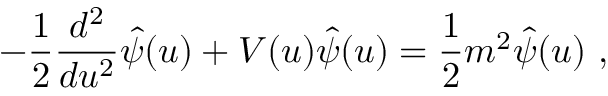
- { \frac { 1 } { 2 } } { \frac { d ^ { 2 } } { d u ^ { 2 } } } \hat { \psi } ( u ) + { \cal V } ( u ) \hat { \psi } ( u ) = { \frac { 1 } { 2 } } m ^ { 2 } \hat { \psi } ( u ) ~ ,